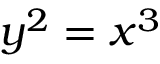
y ^ { 2 } = x ^ { 3 }